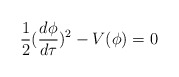
\begin{align*}\frac{1}{2}(\frac{d\phi}{d\tau})^2 - V(\phi) = 0\end{align*}